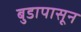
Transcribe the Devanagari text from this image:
बुडापासून